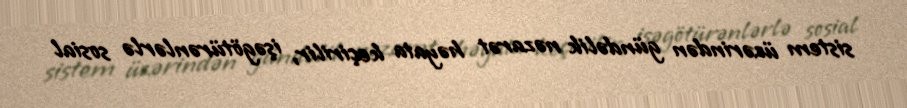
sistem üzərindən gündəlik nəzarət həyata keçirilir, işəgötürənlərlə sosial